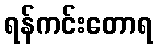
ရန်ကင်းတောရ